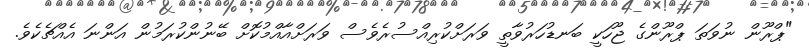
"ޕްރޫން ނުވަތަ ޕްރޫންގެ ޖޫހަކީ ބަނޑުހަރުވާތީ ވަރަށްކުރިއްސުރެވެސް ވަރަށްއާއްމުކޮށް ބޭނުންކުރަމުން އަންނަ އެއްޗެކެވެ.